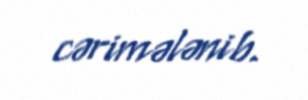
cərimələnib.